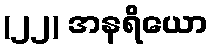
(၂၂) အနရိယော